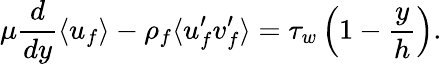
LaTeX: \mu\frac{d}{dy}\langle u_{f}\rangle-\rho_{f}\langle u_{f}^{\prime}v_{f}^{\prime}\rangle=\tau_{w}\left(1-\frac{y}{h}\right).